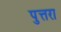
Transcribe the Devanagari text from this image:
पुत्तरा